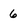
Character: 6